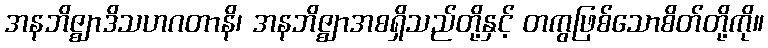
အနဘိဇ္ဈာဒိသဟဂတာနိ၊ အနဘိဇ္ဈာအစရှိသည်တို့နှင့် တကွဖြစ်သောစိတ်တို့ကို။